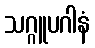
သဂ္ဂူပဂါနံ